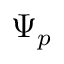
\Psi _ { p }